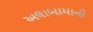
અલાબામાની